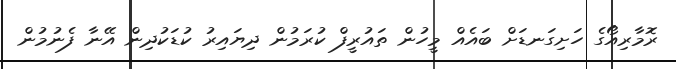
ރޮމާރިއޯގެ ހަށިގަނޑަށް ބައެއް މީހުން ތައުރީފް ކުރަމުން ދިޔައިރު ކުޑަކުދިން އޭނާ ފެނުމުން